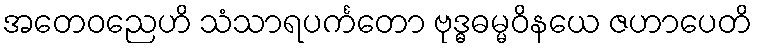
အတေဝညေဟိ သံသာရပင်္ကတော ဗုဒ္ဓဓမ္မဝိနယေ ဇဟာပေတိ